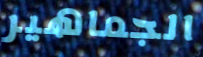
الجماهير